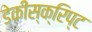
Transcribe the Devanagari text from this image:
डेकीस्क्रिप्ट